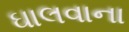
ઘાલવાના